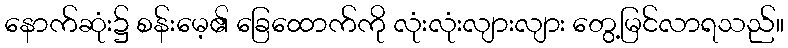
နောက်ဆုံး၌ စန်းမေ့၏ ခြေထောက်ကို လုံးလုံးလျားလျား တွေ့မြင်လာရသည်။